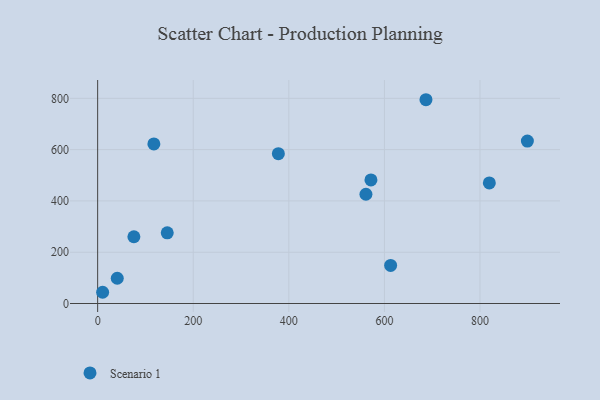
{"axis": {"x": "Experience", "y": "Exam Score"}, "legend": ["Scenario 1"], "data": [{"x": "899.1", "y": 633.4, "type": "Scenario 1"}, {"x": "10.4", "y": 43.8, "type": "Scenario 1"}, {"x": "561.3", "y": 426.0, "type": "Scenario 1"}, {"x": "145.6", "y": 275.7, "type": "Scenario 1"}, {"x": "117.6", "y": 622.2, "type": "Scenario 1"}, {"x": "819.5", "y": 470.1, "type": "Scenario 1"}, {"x": "75.8", "y": 260.3, "type": "Scenario 1"}, {"x": "686.9", "y": 794.6, "type": "Scenario 1"}, {"x": "378.1", "y": 584.1, "type": "Scenario 1"}, {"x": "41.0", "y": 98.5, "type": "Scenario 1"}, {"x": "571.8", "y": 482.0, "type": "Scenario 1"}, {"x": "613.0", "y": 148.3, "type": "Scenario 1"}]}